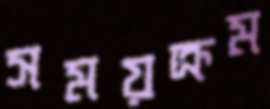
সময়ক্রম